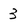
Character: 3